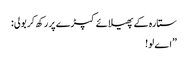
ستارہ کے پھیلائے کپڑے پر رکھ کر بولی:
”اے لو!